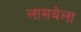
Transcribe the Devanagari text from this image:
लासबेला